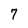
Character: 7